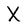
Character: X